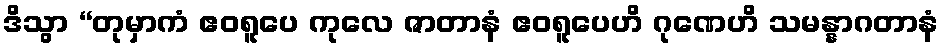
ဒိသွာ “တုမှာကံ ဧဝရူပေ ကုလေ ဇာတာနံ ဧဝရူပေဟိ ဂုဏေဟိ သမန္နာဂတာနံ